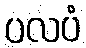
ပလပံ